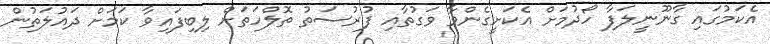
އެކަމުގައި ގާނޫނީލަފާ ހޯދުމަށް އެކަށީގެންވާ ވަގުތާއި ފުރުސަތު ތޮލްހަތަށް ލިބިފައިވާ ކަމަށް ދައުލަތުން